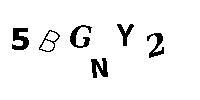
5BGNY2